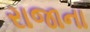
રાજાના